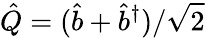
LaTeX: \hat{Q}={(\hat{b}+\hat{b}^{\dagger})}/{\sqrt{2}}